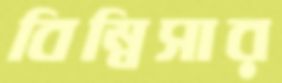
বিম্বিসার